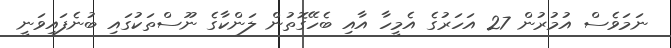
ނަމަވެސް އުމުރުން 27 އަހަރުގެ އެމީހާ އާއި ބެހޭގޮތުން ލަންކާގެ ނޫސްތަކުގައި ބުނެފައިވަނީ